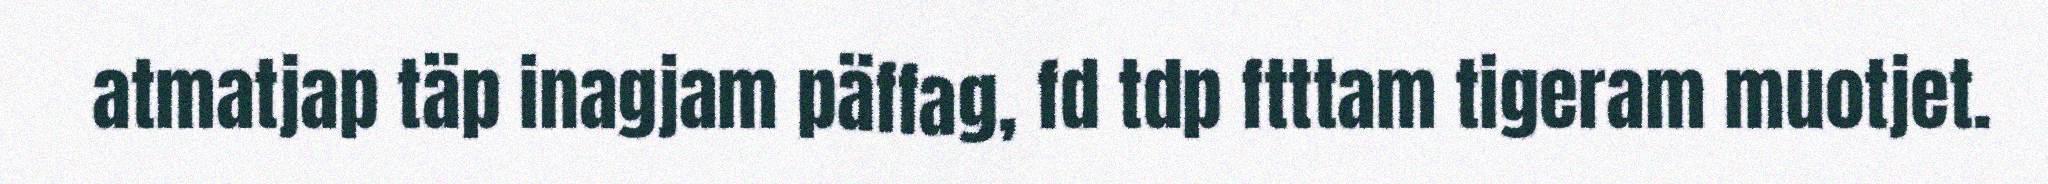
atmatjap täp inagjam päffag, fd tdp ftttam tigeram muotjet.